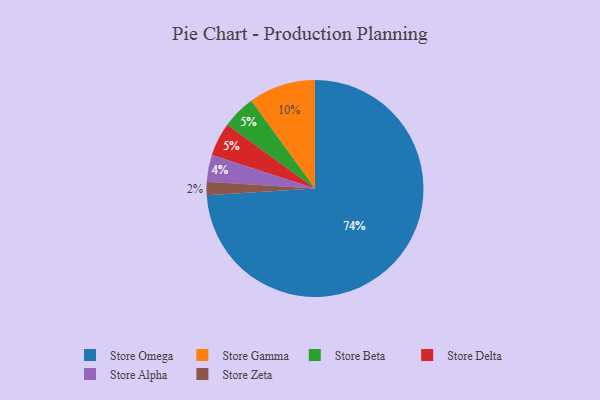
{"axis": {"x": "Category", "y": "Percentage"}, "legend": ["Store Alpha", "Store Beta", "Store Delta", "Store Gamma", "Store Omega", "Store Zeta"], "data": [{"x": "Store Zeta", "y": 2, "type": "Store Zeta"}, {"x": "Store Omega", "y": 74, "type": "Store Omega"}, {"x": "Store Beta", "y": 5, "type": "Store Beta"}, {"x": "Store Gamma", "y": 10, "type": "Store Gamma"}, {"x": "Store Alpha", "y": 4, "type": "Store Alpha"}, {"x": "Store Delta", "y": 5, "type": "Store Delta"}]}